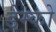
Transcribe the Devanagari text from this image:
डेम्को